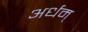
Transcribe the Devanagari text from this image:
अर्धम्